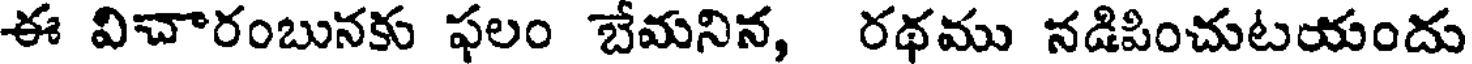
ఈ విచారంబునకు ఫలం బేమనిన, రథము నడిపించుటయందు